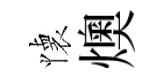
懐燠